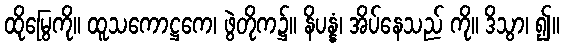
ထိုမြွေကို။ ထူသကောဋ္ဌကေ၊ ဖွဲတိုက၌။ နိပန္နံ၊ အိပ်နေသည် ကို။ ဒိသွာ၊ ၍။